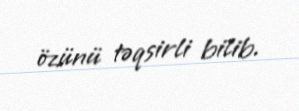
özünü təqsirli bilib.